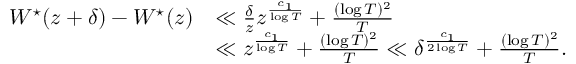
\begin{array} { r l } { W ^ { \star } ( z + \delta ) - W ^ { \star } ( z ) } & { \ll \frac { \delta } { z } z ^ { \frac { c _ { 1 } } { \log T } } + \frac { ( \log T ) ^ { 2 } } { T } } \\ & { \ll z ^ { \frac { c _ { 1 } } { \log T } } + \frac { ( \log T ) ^ { 2 } } { T } \ll \delta ^ { \frac { c _ { 1 } } { 2 \log T } } + \frac { ( \log T ) ^ { 2 } } { T } . } \end{array}